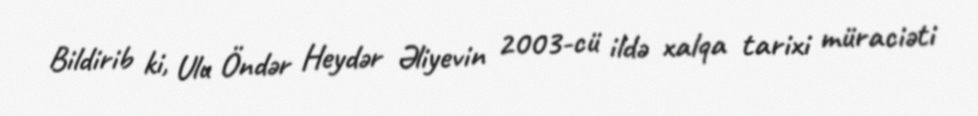
Bildirib ki, Ulu Öndər Heydər Əliyevin 2003-cü ildə xalqa tarixi müraciəti